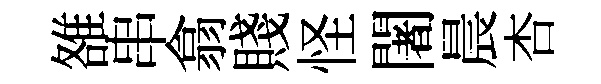
雒串翕賤怪闍晨杏